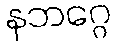
နဘဂ္ဂေ